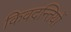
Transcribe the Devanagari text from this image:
किवदन्तियों